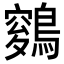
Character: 𪄑